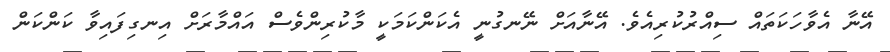
އޭނާ އެވާހަކަތައް ސިއްރުކުރިއެވެ. އޭނާއަށް ނޭނގުނީ އެކަންކަމަކީ މާކުރިންވެސް އައްމާރަށް އިނގިފައިވާ ކަންކަން